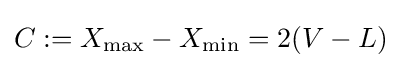
C:=X_{\text{max}}-X_{\text{min}}=2(V-L)